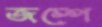
জম্পে